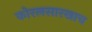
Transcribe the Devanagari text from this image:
कोरलसारखाच